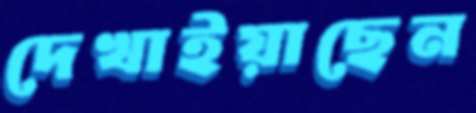
দেখাইয়াছেন